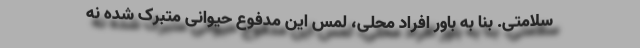
سلامتی. بنا به باور افراد محلی، لمس این مدفوع حیوانی متبرک شده نه